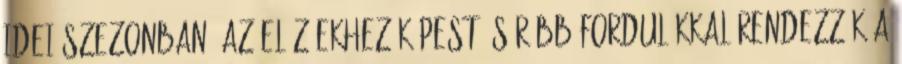
idei szezonban, az előzőekhez képest, sűrűbb fordulókkal rendezzük a